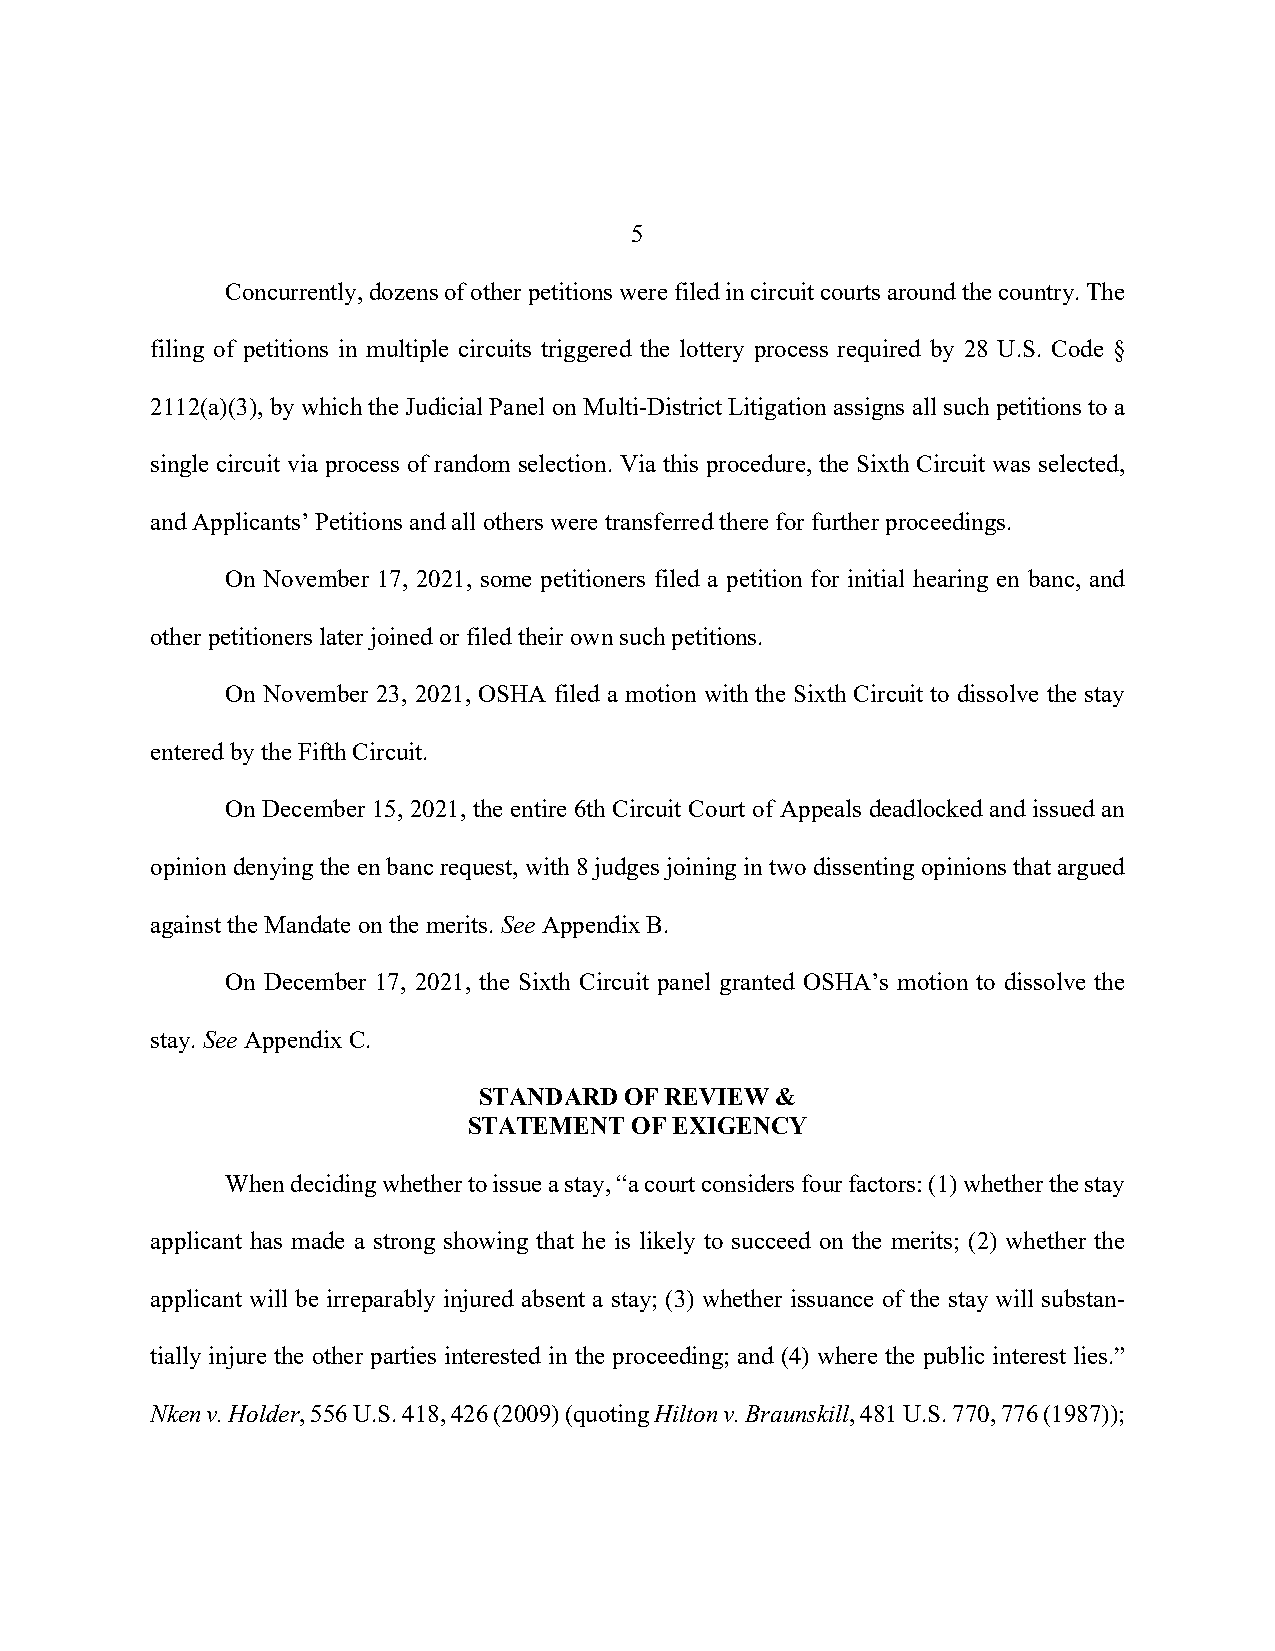
5
 Concurrently, dozens of other petitions were filed in circuit courts around the country. The
 filing of petitions in multiple circuits triggered the lottery process required by 28 U.S. Code §
 2112(a)(3), by which the Judicial Panel on Multi-District Litigation assigns all such petitions to a
 single circuit via process of random selection. Via this procedure, the Sixth Circuit was selected,
 and Applicants’ Petitions and all others were transferred there for further proceedings.
 On November 17, 2021, some petitioners filed a petition for initial hearing en banc, and
 other petitioners later joined or filed their own such petitions.
 On November 23, 2021, OSHA filed a motion with the Sixth Circuit to dissolve the stay
 entered by the Fifth Circuit.
 On December 15, 2021, the entire 6th Circuit Court of Appeals deadlocked and issued an
 opinion denying the en banc request, with 8 judges joining in two dissenting opinions that argued
 against the Mandate on the merits. See Appendix B.
 On December 17, 2021, the Sixth Circuit panel granted OSHA’s motion to dissolve the
 stay. See Appendix C.
 STANDARD OF REVIEW &
 STATEMENT  OF EXIGENCY
 When deciding whether to issue a stay, “a court considers four factors: (1) whether the stay
 applicant has made a strong showing that he is likely to succeed on the merits; (2) whether the
 applicant will be irreparably injured absent a stay; (3) whether issuance of the stay will substan-
 tially injure the other parties interested in the proceeding; and (4) where the public interest lies.”
 Nken v. Holder, 556 U.S. 418, 426 (2009) (quoting Hilton v. Braunskill, 481 U.S. 770, 776 (1987));